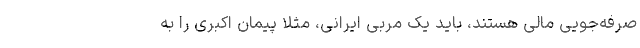
صرفه‌جویی مالی هستند، باید یک مربی ایرانی، مثلا پیمان اکبری را به